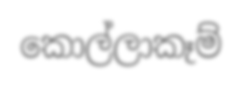
කොල්ලාකෑම්